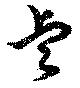
睿